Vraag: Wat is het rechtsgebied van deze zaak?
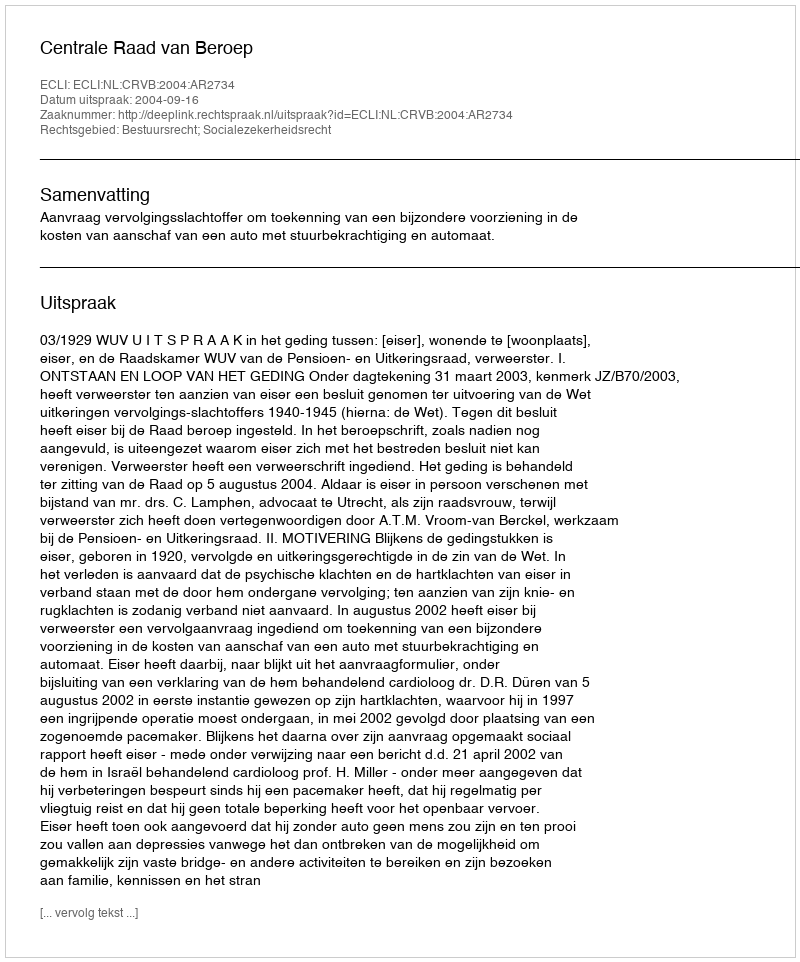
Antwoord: Bestuursrecht; Socialezekerheidsrecht